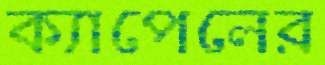
ক্যাপেলের